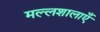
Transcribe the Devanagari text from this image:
मल्लशालाएँ